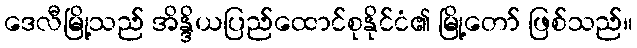
ဒေလီမြို့သည် အိန္ဒိယပြည်ထောင်စုနိုင်ငံ၏ မြို့တော် ဖြစ်သည်။